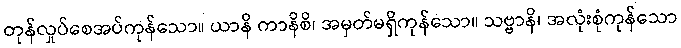
တုန်လှုပ်စေအပ်ကုန်သော။ ယာနိ ကာနိစိ၊ အမှတ်မရှိကုန်သော။ သဗ္ဗာနိ၊ အလုံးစုံကုန်သော